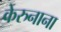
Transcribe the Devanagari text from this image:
केरुनाना